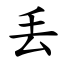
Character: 丢